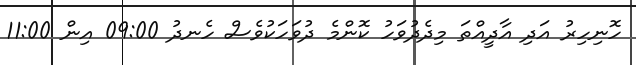
ހޮނިހިރު އަދި އާދީއްތަ މިދެދުވަހު ކޮންމެ ދުވަހަކުވެސް ހެނދު 09:00 އިން 11:00